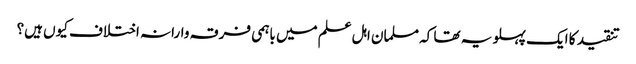
تنقید کا ایک پہلو یہ تھا کہ مسلمان اہل علم میں باہمی فرقہ وارانہ اختلاف کیوں ہیں؟